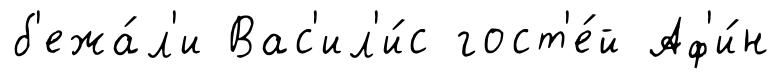
б'ежа́л'и Вас'ил'и́с гост'е́й Аф'и́н